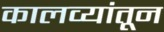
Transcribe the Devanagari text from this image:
कालव्यांतून